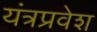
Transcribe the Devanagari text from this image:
यंत्रप्रवेश